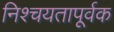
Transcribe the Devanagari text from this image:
निश्चयतापूर्वक